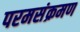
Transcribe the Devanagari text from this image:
परमसंक्रमण